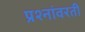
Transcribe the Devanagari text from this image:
प्रश्नांवरती